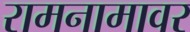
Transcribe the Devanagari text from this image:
रामनामावर